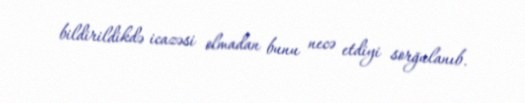
bildirildikdə icazəsi olmadan bunu necə etdiyi sorğulanıb.